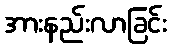
အားနည်းလာခြင်း